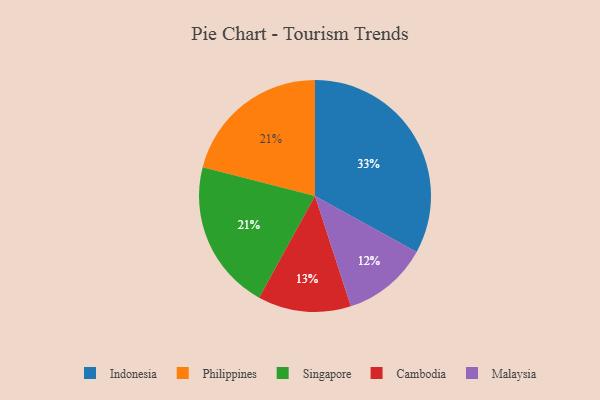
{"axis": {"x": "Category", "y": "Percentage"}, "legend": ["Cambodia", "Indonesia", "Malaysia", "Philippines", "Singapore"], "data": [{"x": "Philippines", "y": 21, "type": "Philippines"}, {"x": "Malaysia", "y": 12, "type": "Malaysia"}, {"x": "Singapore", "y": 21, "type": "Singapore"}, {"x": "Indonesia", "y": 33, "type": "Indonesia"}, {"x": "Cambodia", "y": 13, "type": "Cambodia"}]}